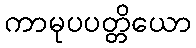
ကာမုပပတ္တိယော